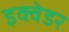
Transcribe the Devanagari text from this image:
इक्वेडर